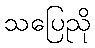
သပြေညို